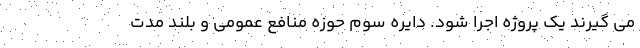
می گیرند یک پروژه اجرا شود. دایره سوم حوزه منافع عمومی و بلند مدت